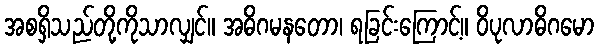
အစရှိသည်တို့ကိုသာလျှင်။ အဓိဂမနတော၊ ရခြင်းကြောင့်။ ဝိပုလာဓိဂမော